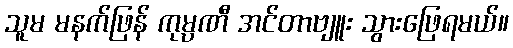
သူမ မနက်ဖြန် ကုမ္ပဏီ အင်တာဗျူး သွားဖြေရမယ်။